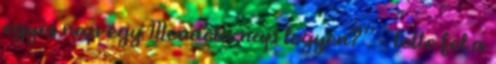
egyes nap egy Mendela-nap legyen?” – tette fel a